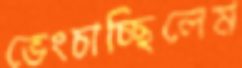
ভেংচাচ্ছিলেম